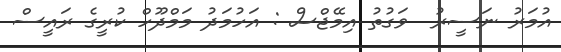
އުމަރު ނަސީރު  ވަގުތު އިމޭޖްސް : އަހުމަދު މަމްދޫހް ކުރީގެ ރައީސް